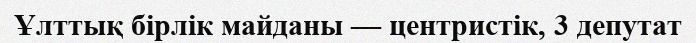
Ұлттық бірлік майданы — центристік, 3 депутат